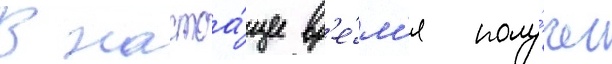
В настоа́щее вр'е́м'я полу́чен